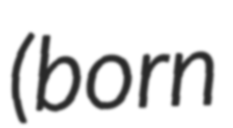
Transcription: (born